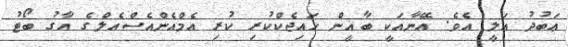
ޢަބުދު ޢަލީ އެވެ. އޭނާއަކީ ބާޣީން ހައިޖެކްކުރި ކުރި އެމްއެންއެސްއެލްގެ އާގު ބޯޓު